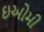
ઇઓમી